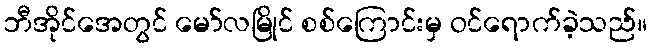
ဘီအိုင်အေတွင် မော်လမြိုင် စစ်ကြောင်းမှ ဝင်ရောက်ခဲ့သည်။